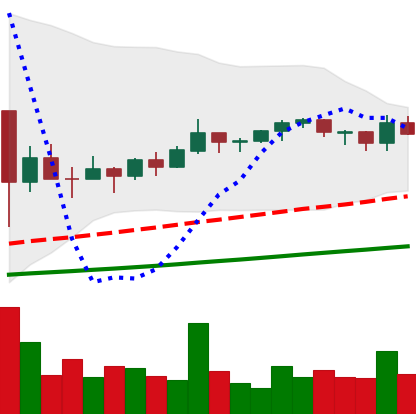
Ticker: TRX-USD
Chart end date: 2021-03-14
Forward return: 14.604%
Label: up_7plus